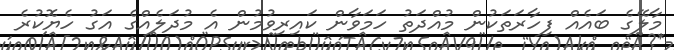
މާލޭގެ ބައެއް ފިހާރަތަކުން މުއްދަތު ހަމަވާން ކައިރިވުމުން އެ މުދަލެއްގެ އަގު ހެޔޮކުރެ